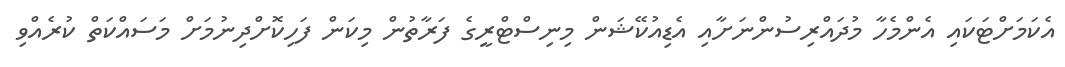
އެކަމަށްޓަކައި އެންމެހާ މުދައްރިސުންނަށާއި އެޑިއުކޭޝަން މިނިސްޓްރީގެ ފަރާތުން މިކަން ފަހިކޮށްދިނުމަށް މަސައްކަތް ކުރެއްވި